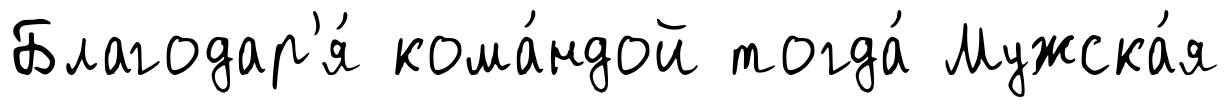
Благодар'я́ кома́ндой тогда́ Мужска́я